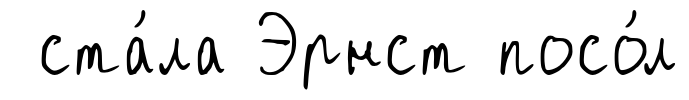
ста́ла Эрнст посо́л